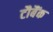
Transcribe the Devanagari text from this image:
टौबैंक